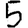
Digit: 5